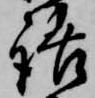
話